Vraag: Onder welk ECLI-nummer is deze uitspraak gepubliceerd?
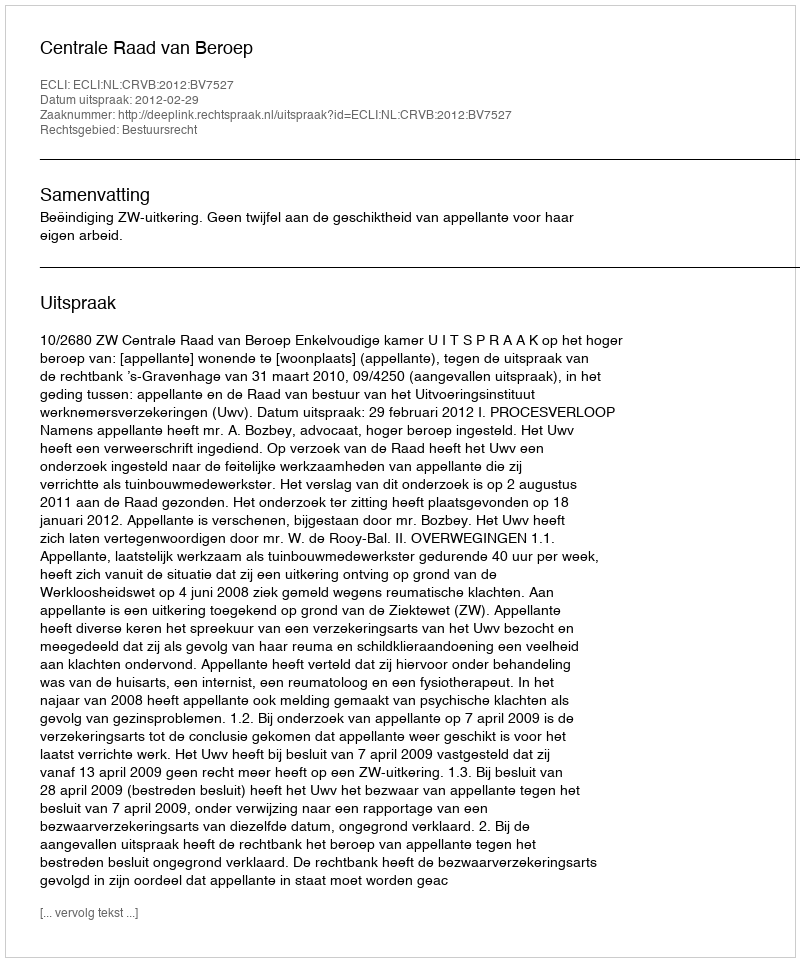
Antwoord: ECLI:NL:CRVB:2012:BV7527